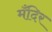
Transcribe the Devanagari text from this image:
मँदिर